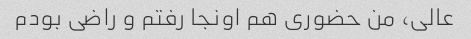
عالی، من حضوری هم اونجا رفتم و راضی بودم